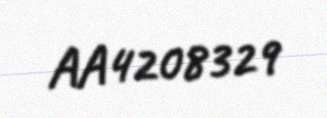
AA4208329